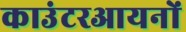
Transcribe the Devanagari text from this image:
काउंटरआयनों